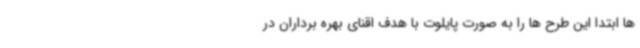
ها ابتدا این طرح ها را به صورت پایلوت با هدف اقنای بهره برداران در